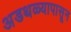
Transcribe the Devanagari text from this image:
अडथळ्यापासून